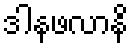
ဒါနဖလာနိ